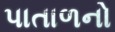
પાતાળનો